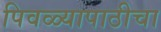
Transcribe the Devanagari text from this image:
पिवळ्यापाठीचा